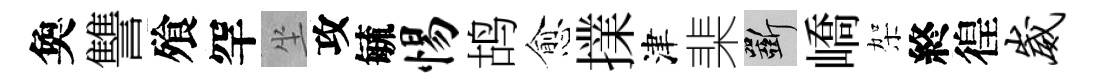
奐讐飱罕坐攻毓惕鸪愈擈津棐斫嶠架終徨崴